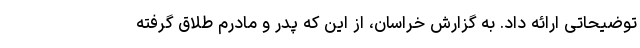
توضیحاتی ارائه داد. به گزارش خراسان، از این که پدر و مادرم طلاق گرفته